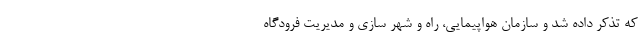
که تذکر داده شد و سازمان هواپیمایی، راه و شهر سازی و مدیریت فرودگاه